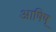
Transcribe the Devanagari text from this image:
आषिष्